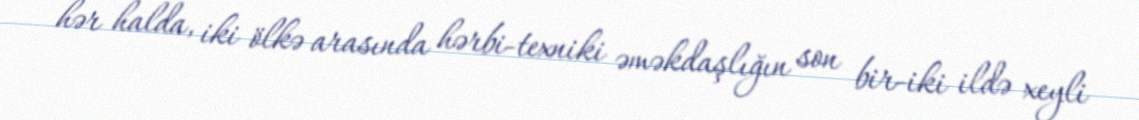
hər halda, iki ölkə arasında hərbi-texniki əməkdaşlığın son bir-iki ildə xeyli